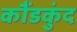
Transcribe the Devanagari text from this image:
कौंडकुंद